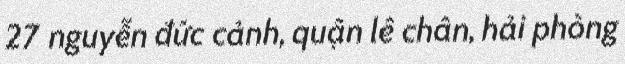
27 nguyễn đức cảnh, quận lê chân, hải phòng